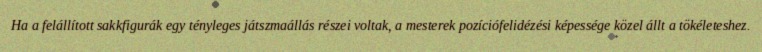
Ha a felállított sakkfigurák egy tényleges játszmaállás részei voltak, a mesterek pozíciófelidézési képessége közel állt a tökéleteshez.